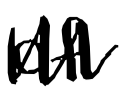
Text: of
Cross-out: zig-zag
Writing tool: digital_black